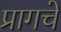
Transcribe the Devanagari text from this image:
प्रागचे